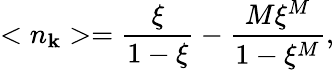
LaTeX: <n_{\mathbf{k}}>=\frac{{\xi}}{{1-\xi}}-\frac{{M\xi^{M}}}{{1-\xi^{M}}},